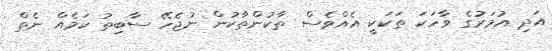
އަދި އުމަރުގެ ވާހަކަ ތަކަކީ އެއްވެސް ތާކުންތާކުން ނުޖެހޭ ސާބިތު ކަމެއް ނެތް